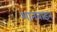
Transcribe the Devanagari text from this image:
शानबाइन